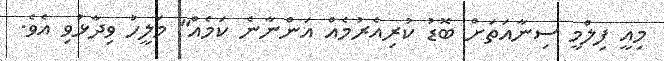
މިއީ ފިލްމީ ސިނާއަތަށް ބޮޑު ކުރިއެރުމެއް އަންނާނެ ކަމެއް" މަލީހު ވިދާޅުވި އެވެ.